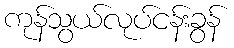
ကုန်သွယ်လုပ်ငန်းခွန်